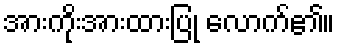
အားကိုးအားထားပြု လောက်၏။